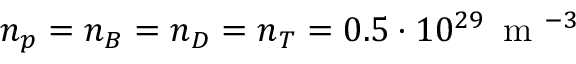
n _ { p } = n _ { B } = n _ { D } = n _ { T } = 0 . 5 \cdot 1 0 ^ { 2 9 } \, \mathrm { ~ m ~ } ^ { - 3 }